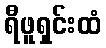
ရီဖူရှင်းထံ